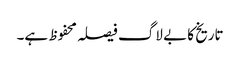
تاریخ کا بے لاگ فیصلہ محفوظ ہے۔